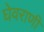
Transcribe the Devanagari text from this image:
घेवराणी